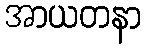
အာယတနာ